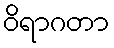
ဝိရာဂတာ